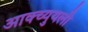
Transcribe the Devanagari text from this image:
आक्च्युयली